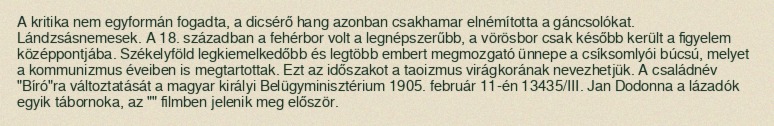
A kritika nem egyformán fogadta, a dicsérő hang azonban csakhamar elnémította a gáncsolókat. Lándzsásnemesek. A 18. században a fehérbor volt a legnépszerűbb, a vörösbor csak később került a figyelem középpontjába. Székelyföld legkiemelkedőbb és legtöbb embert megmozgató ünnepe a csíksomlyói búcsú, melyet a kommunizmus éveiben is megtartottak. Ezt az időszakot a taoizmus virágkorának nevezhetjük. A családnév "Bíró"ra változtatását a magyar királyi Belügyminisztérium 1905. február 11-én 13435/III. Jan Dodonna a lázadók egyik tábornoka, az "" filmben jelenik meg először.